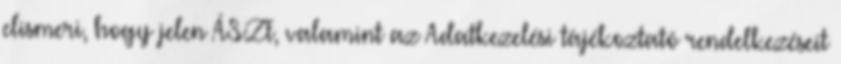
elismeri, hogy jelen ÁSZF, valamint az Adatkezelési tájékoztató rendelkezéseit